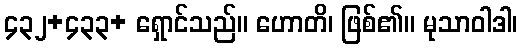
၄၃၂+၄၃၃+ ရှောင်သည်။ ဟောတိ၊ ဖြစ်၏။ မုသာဝါဒါ၊